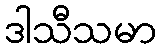
ဒါသီသမာ